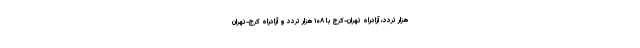
هزار تردد، آزادراه تهران-کرج با ۱۰۸ هزار تردد و آزادراه کرج-تهران